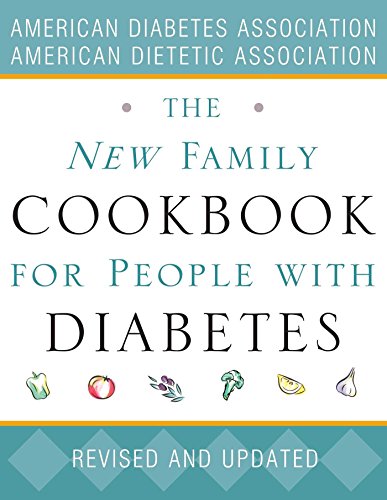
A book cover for The New Family Cookbook for People with Diabetes; American Diabetes Association; Health, Fitness & Dieting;